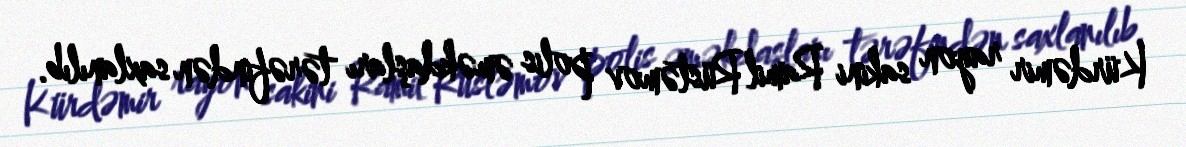
Kürdəmir rayon sakini Ramil Rüstəmov polis əməkdaşları tərəfindən saxlanılıb.